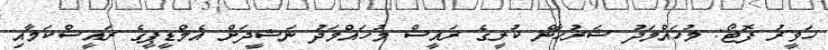
ހަވީރު ފޮޓޯ: މުހައްމަދު ޝަރުހާން ކުރީގެ ރައީސް މުހައްމަދު ނަޝީދަށް އެމްޑީޕީގެ ރައީސްކަމާއި